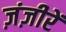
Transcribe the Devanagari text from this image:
ज़ंज़ीरें